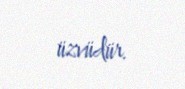
üzvüdür.